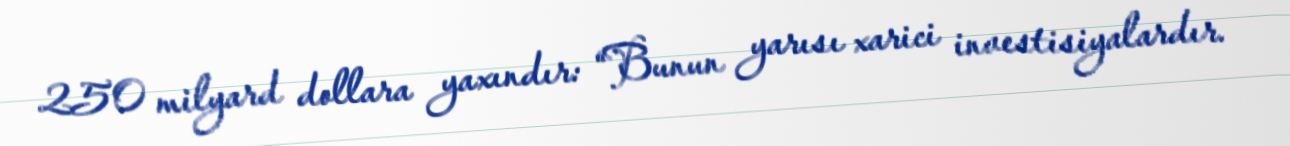
250 milyard dollara yaxındır: “Bunun yarısı xarici investisiyalardır.